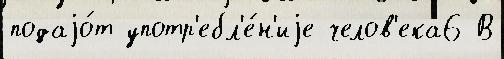
подаjо́т употр'ебл'е́н'иjе челов'ека6 В